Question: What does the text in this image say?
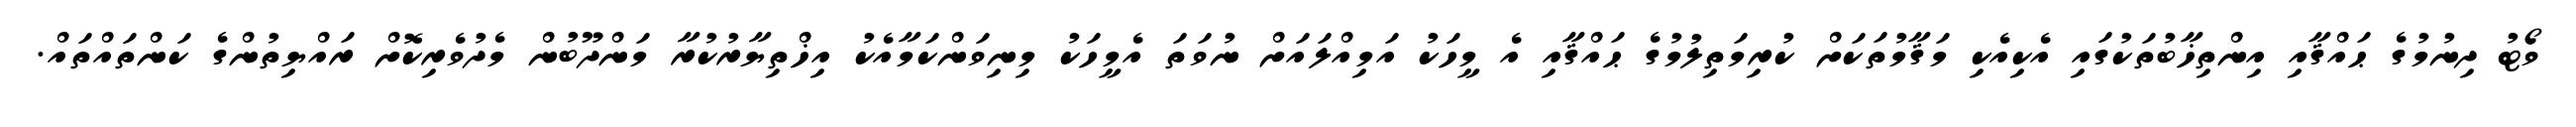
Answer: ވޯޓު ދިނުމުގެ ޙައްޤާއި އިންތިޚާބުތަކުގައި އެކިއެކި މަޤާމުތަކަށް ކުރިމަތިލުމުގެ ޙައްޤާއި އެ މީހަކު އަމިއްލައަށް ނުވަތަ އެމީހަކު މިނިވަންކަމާއެކު އިޚްތިޔާރުކުރާ މަންދޫބުން މެދުވެރިކޮށް ރައްޔިތުންގެ ކަންތައްތައް.